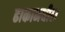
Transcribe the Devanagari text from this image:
ढाकामधील